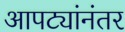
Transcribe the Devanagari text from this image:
आपट्यांनंतर